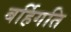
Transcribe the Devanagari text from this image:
बर्हिगति